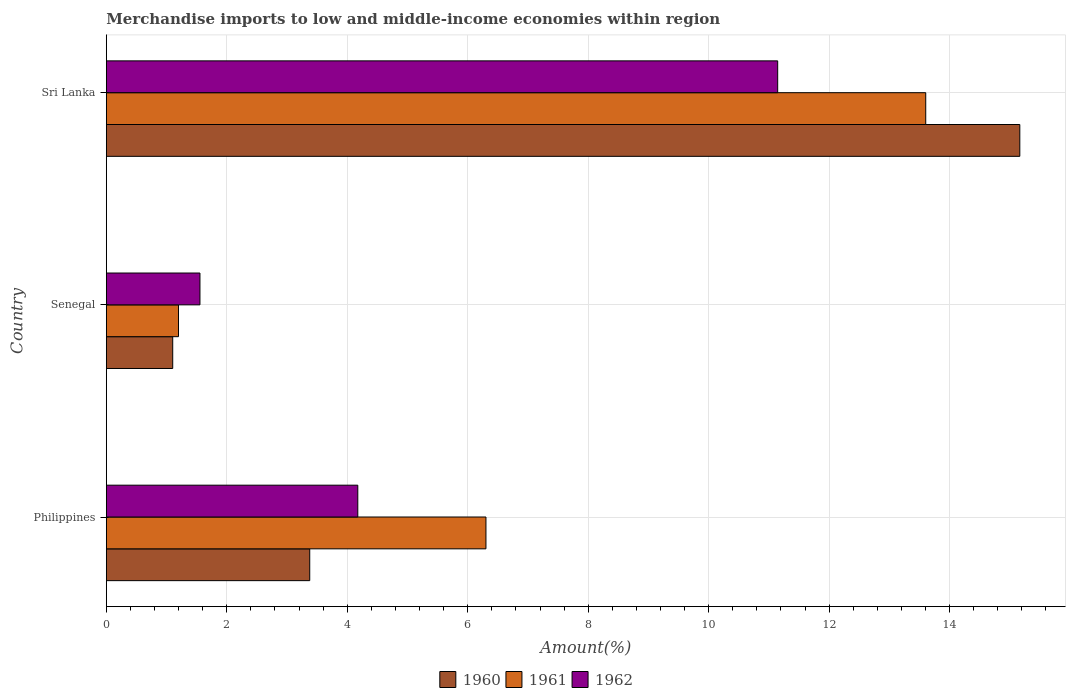
| Country | 1960 | 1961 | 1962 |
 | --- | --- | --- | --- |
 | Philippines | 3.38 | 6.3 | 4.18 |
 | Senegal | 1.1 | 1.2 | 1.55 |
 | Sri Lanka | 15.2 | 13.6 | 11.1 |